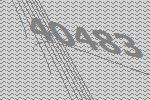
40483